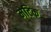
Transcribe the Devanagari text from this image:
मेटिक